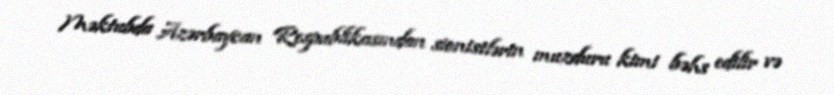
Məktubda Azərbaycan Respublikasından sionistlərin muzduru kimi bəhs edilir və